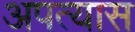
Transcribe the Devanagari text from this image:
अपत्यास